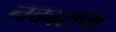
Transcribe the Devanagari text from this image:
नकाराचा